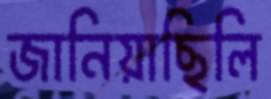
জানিয়াছিলি